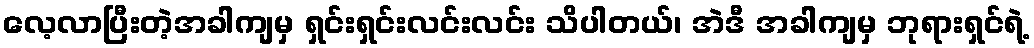
လေ့လာပြီးတဲ့အခါကျမှ ရှင်းရှင်းလင်းလင်း သိပါတယ်၊ အဲဒီ အခါကျမှ ဘုရားရှင်ရဲ့